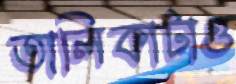
তালিকাটাও